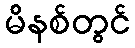
မိနစ်တွင်